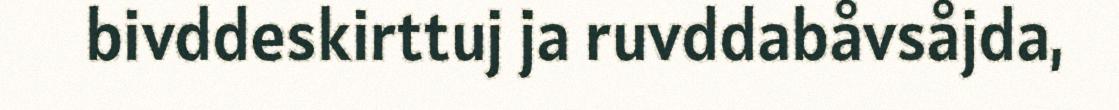
bivddeskirttuj ja ruvddabåvsåjda,